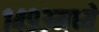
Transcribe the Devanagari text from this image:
१४९३मध्ये